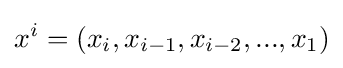
x^{i}=(x_{i},x_{i-1},x_{i-2},...,x_{1})